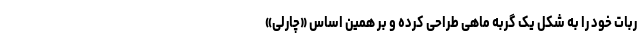
ربات خود را به شکل یک گربه ماهی طراحی کرده و بر همین اساس «چارلی»